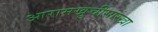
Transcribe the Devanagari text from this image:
आरामखुर्चीसारखा